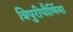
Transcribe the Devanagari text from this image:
त्रिपुरीपौर्णिमा